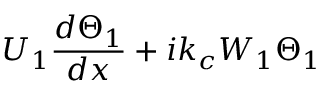
U _ { 1 } \frac { d \Theta _ { 1 } } { d x } + i k _ { c } W _ { 1 } \Theta _ { 1 }